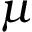
\mu